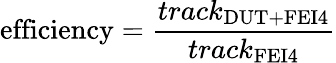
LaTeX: \mathrm{efficiency}=\frac{track_{\mathrm{DUT+FEI4}}}{track_{\mathrm{FEI4}}}